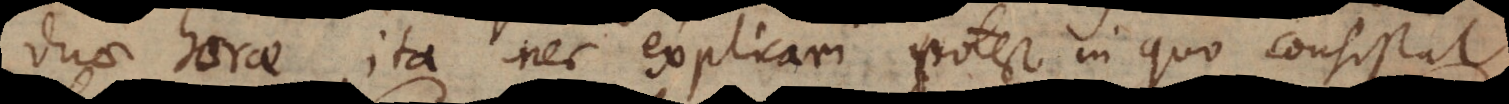
duae horae, ita nec explicari potest in quo consistat